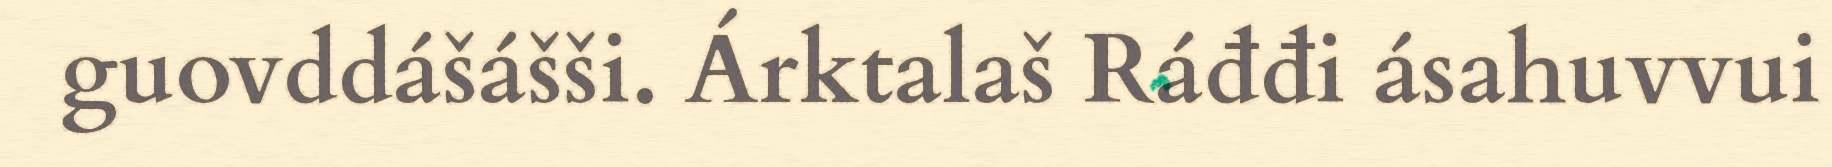
guovddášášši. Árktalaš Ráđđi ásahuvvui